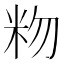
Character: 粅